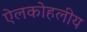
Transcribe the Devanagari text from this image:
ऐलकोहलीय